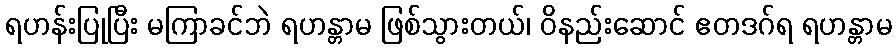
ရဟန်းပြုပြီး မကြာခင်ဘဲ ရဟန္တာမ ဖြစ်သွားတယ်၊ ဝိနည်းဆောင် ဧတဒဂ်ရ ရဟန္တာမ